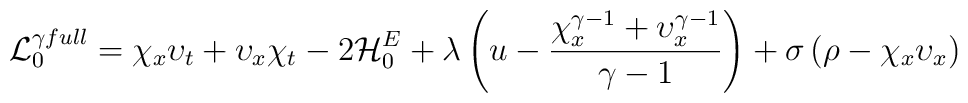
{\cal L}_{0}^{\gamma full} =   \chi_{x} \upsilon_{t} +\upsilon_{x}\chi_{t} - 2 {\cal H}_0^E + \lambda \left( u - \frac{\chi_x^{\gamma-1} + \upsilon_x^{\gamma-1}}{\gamma-1} \right) +\sigma \left( \rho - \chi_x \upsilon_x \right)